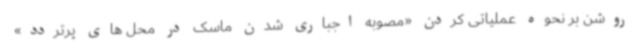
روشن بر نحوه عملیاتی کردن «مصوبه اجباری شدن ماسک در محل های پرتردد»